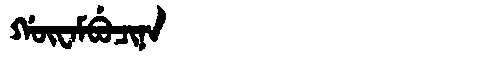
Manchu: ᡤᡡᠸᠠᠮᠪᡠᠴᡳᠨᠠ
Romanization: GŪWAMBUCINA